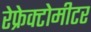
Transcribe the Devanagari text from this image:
रेफ्रेक्टोमीटर